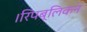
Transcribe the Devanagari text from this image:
।रिपब्लिकन